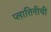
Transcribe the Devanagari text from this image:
प्लातिनीची